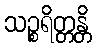
သဉ္စရိတ္တန္တိ